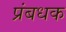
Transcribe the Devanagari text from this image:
प्रंबधक